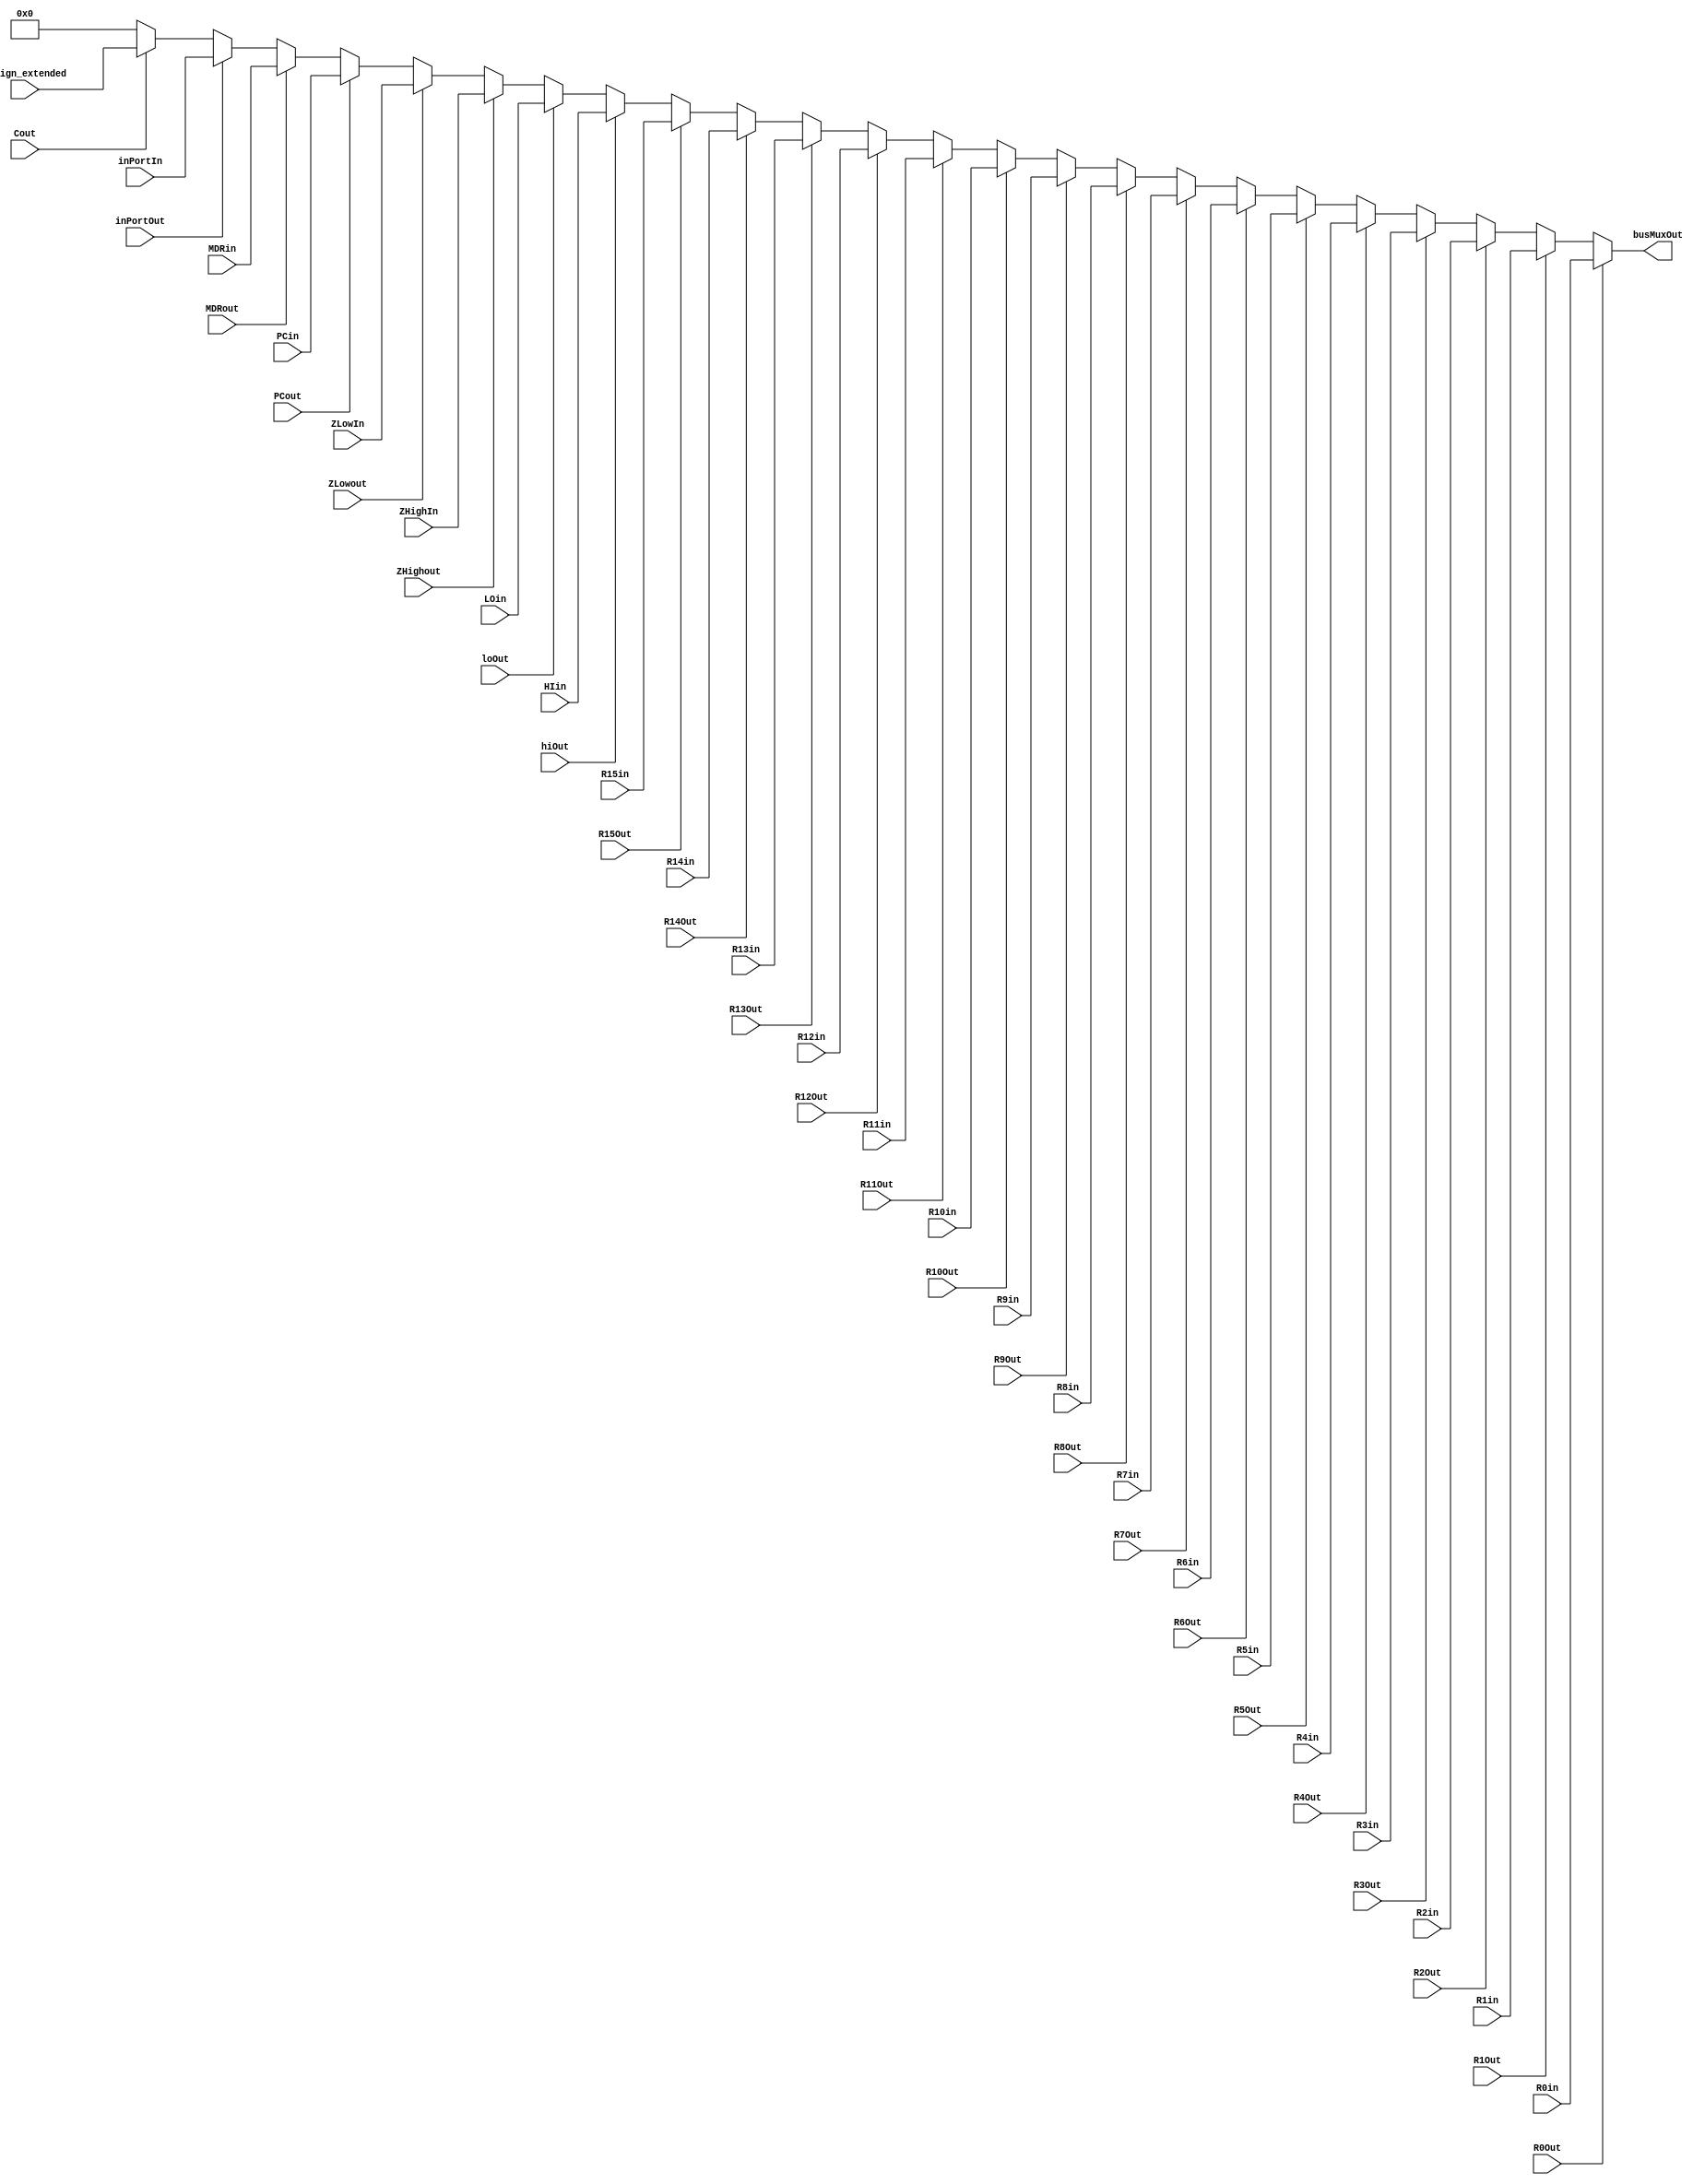
/* here we implement the typical bus. we implement the bus using a 32-to-5 encoder and a 32-to-1 mux. note, the mux was created using
a combination of smaller multiplxers. the five select signal inputs for this multiplexer come from our 32-to-5 encoder */

module bus(
  output [31:0] busMuxOut,
  input [31:0] R0in, R1in, R2in, R3in, R4in, R5in, R6in, R7in, R8in, R9in, R10in, 
  R11in, R12in, R13in, R14in, R15in, HIin, LOin, ZHighIn, ZLowIn, PCin, MDRin,
  inPortIn, C_sign_extended,
  input R0Out, R1Out, R2Out, R3Out, R4Out, R5Out, R6Out, R7Out,
  R8Out, R9Out, R10Out, R11Out, R12Out, R13Out, R14Out, R15Out, hiOut, loOut,
  ZHighout, ZLowout, PCout, MDRout, inPortOut, Cout);
  
  /* in the lab instructions, it says that the signals to the 32-to-5 encoder are simulated in phase 1. the lab instructions state that
  the idea is to choose only one of the registers R0 to R15, HI, LO, Zhigh,Zlow, PC, MDR, In.Port, or the sign-extended version of the 
  constant C, as the source of the bus. The output of the BusMux, BusMuxOut,is the Bus itself */
  
  reg [31:0] busOutput;
  always @ (*)
  begin
  if(R0Out == 1)
    busOutput <= R0in;
   else if (R1Out == 1)
    busOutput <= R1in;
   else if (R2Out == 1)
    busOutput <= R2in;
   else if (R3Out == 1)
    busOutput <= R3in;
   else if (R4Out == 1)
    busOutput <= R4in;
   else if (R5Out == 1)
    busOutput <= R5in;
   else if (R6Out == 1)
     busOutput <= R6in;
   else if (R7Out == 1)
    busOutput <= R7in;
   else if (R8Out == 1)
    busOutput <= R8in;
   else if (R9Out == 1)
    busOutput <= R9in;
   else if (R10Out == 1)
    busOutput <= R10in;
   else if (R11Out == 1)
     busOutput <= R11in;
   else if (R12Out == 1)
    busOutput <= R12in;
   else if (R13Out == 1)
    busOutput <= R13in;
   else if (R14Out == 1)
    busOutput <= R14in;
   else if (R15Out == 1)
    busOutput <= R15in;
   else if (hiOut == 1)
    busOutput <= HIin;
  else if (loOut == 1)
    busOutput <= LOin;
  else if (ZHighout == 1)
    busOutput <= ZHighIn;
  else if (ZLowout == 1)
    busOutput <= ZLowIn;
  else if (PCout == 1)
    busOutput <= PCin;
  else if (MDRout == 1)
    busOutput <= MDRin;
  else if (inPortOut == 1)
    busOutput <= inPortIn;
  else if (Cout == 1)
    busOutput <= C_sign_extended;
	else
		busOutput <= 0;
  end

  assign busMuxOut = busOutput;
  
endmodule